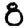
Digit: 8